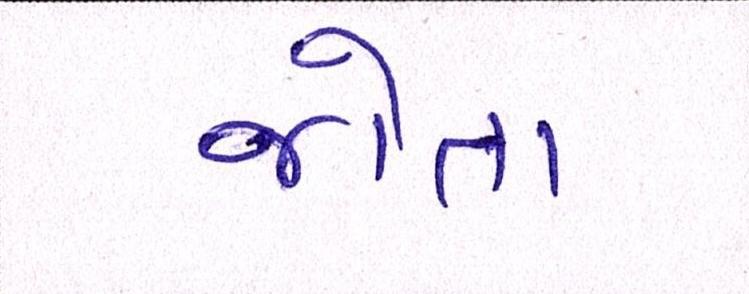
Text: જોતા